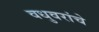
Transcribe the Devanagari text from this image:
वधुवरांचे